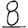
Digit: 8